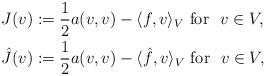
LaTeX: \begin{align*}J(v)&:=\dfrac 1 2 a(v,v) -\langle f,v\rangle_V \mbox{ for } \ v\in V, \\\hat{J}(v)&:= \dfrac 1 2 a(v,v) -\langle \hat{f},v\rangle_V\mbox{ for } \ v\in V, \end{align*}